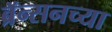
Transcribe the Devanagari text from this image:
ब्रॅन्सनच्या